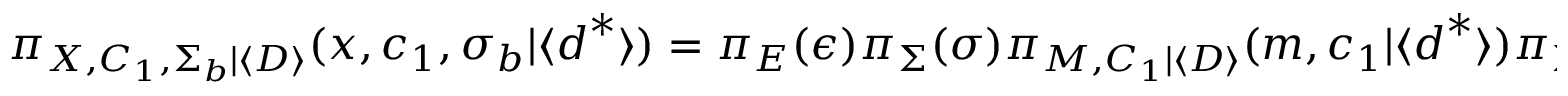
\pi _ { \boldsymbol { X } , C _ { 1 } , \Sigma _ { b } | \langle \boldsymbol { D } \rangle } ( \boldsymbol { x } , c _ { 1 } , \sigma _ { b } | \langle \boldsymbol { d } ^ { * } \rangle ) = \pi _ { E } ( \epsilon ) \pi _ { \Sigma } ( \sigma ) \pi _ { M , C _ { 1 } | \langle \boldsymbol { D } \rangle } ( m , c _ { 1 } | \langle \boldsymbol { d } ^ { * } \rangle ) \pi _ { \Sigma _ { b } } ( \sigma _ { b } ) \, .